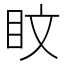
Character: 盿